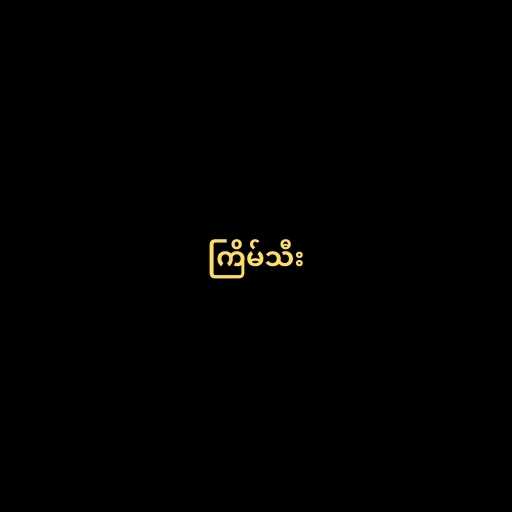
ကြိမ်သီး